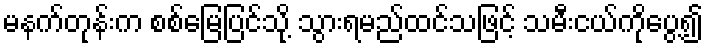
မနက်တုန်းက စစ်မြေပြင်သို့ သွားရမည်ထင်သဖြင့် သမီးငယ်ကိုပွေ့၍